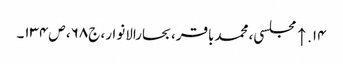
۱۴. ↑ مجلسی، محمدباقر، بحارالانوار، ج۶۸، ص۱۳۴۔